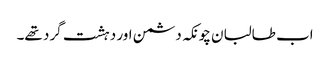
اب طالبان چونکہ دشمن اور دہشت گرد تھے۔